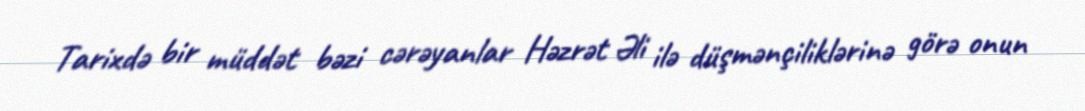
Tarixdə bir müddət bəzi cərəyanlar Həzrət Əli ilə düşmənçiliklərinə görə onun